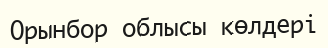
Орынбор облысы көлдері